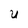
Character: U